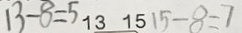
1 3 - 8 = 5 1 3 1 5 1 5 - 8 = 7